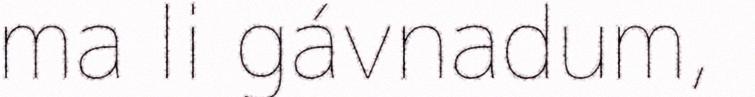
ma li gávnadum,